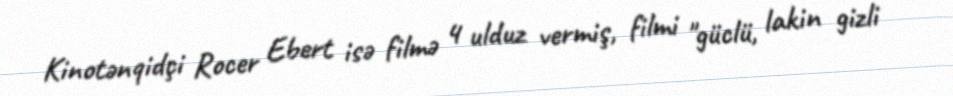
Kinotənqidçi Rocer Ebert isə filmə 4 ulduz vermiş, filmi "güclü, lakin gizli